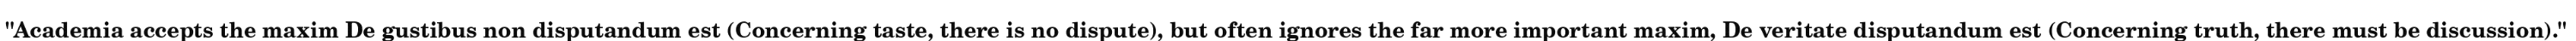
"Academia accepts the maxim De gustibus non disputandum est (Concerning taste, there is no dispute), but often ignores the far more important maxim, De veritate disputandum est (Concerning truth, there must be discussion)."